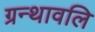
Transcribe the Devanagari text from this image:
ग्रन्थावलि